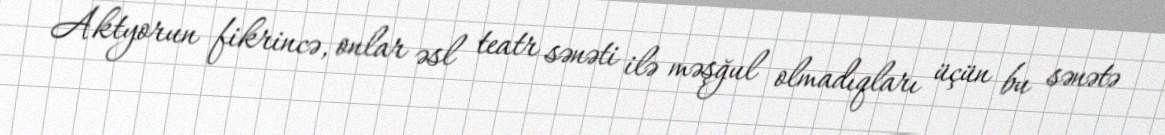
Aktyorun fikrincə, onlar əsl teatr sənəti ilə məşğul olmadıqları üçün bu sənətə